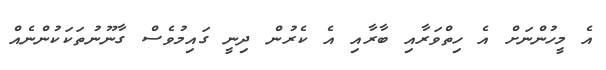
އެ މީހުންނަށް އެ ހިތްވަރާއި ބާރާއި އެ ކެރުން ދިނީ ގައިމުވެސް ގާނޫނުތަކަކުންނެއް